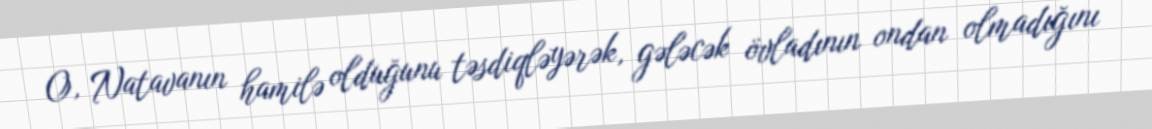
O, Natavanın hamilə olduğunu təsdiqləyərək, gələcək övladının ondan olmadığını